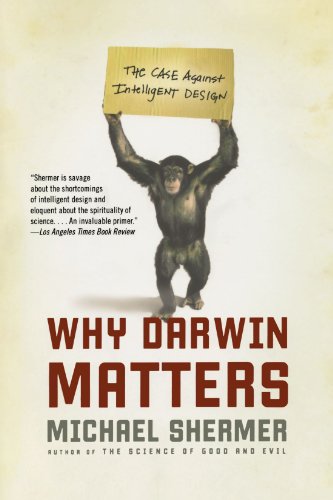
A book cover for Why Darwin Matters: The Case Against Intelligent Design; Michael Shermer; Christian Books & Bibles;